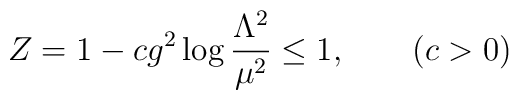
Z=1-cg^2\log{\frac{\Lambda^2}{\mu^2}}\leq 1, \qquad (c>0)